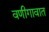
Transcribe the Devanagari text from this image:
वणीगावात